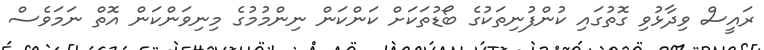
ރައީސް ވިދާޅުވި ގޮތުގައި ކުންފުނިތަކުގެ ބޯޑުތަކަށް ކަންކަން ނިންމުމުގެ މިނިވަންކަން އޮތް ނަމަވެސް